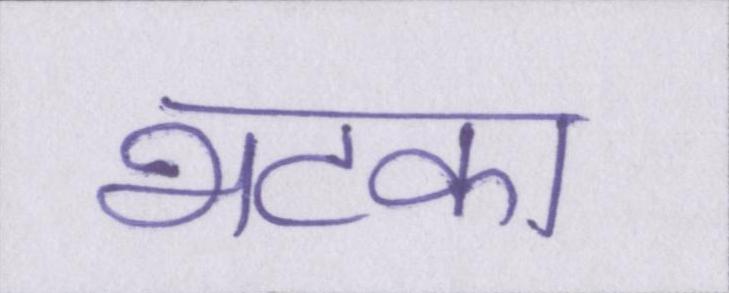
भटका